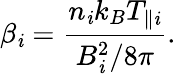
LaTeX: \beta_{\mathit{i}}=\frac{{n_{\mathit{i}}k_{B}T_{\parallel\mathit{i}}}}{{B_{\mathit{i}}^{2}/8\pi}}.